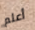
أعلم